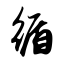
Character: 循